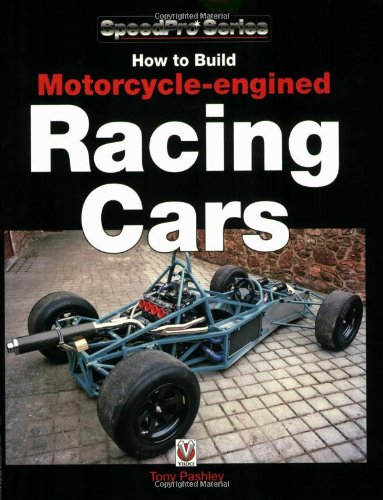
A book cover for How to Build Motorcycle-engined Racing Cars (SpeedPro Series); Tony Pashley; Engineering & Transportation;